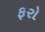
ફરો